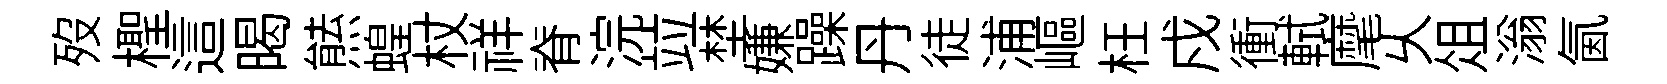
歿檉這暍㷱蝗杖祥脊浣竝埜嫌躁丹徒浦嶇枉戍衝軾麾乆俎滃氤